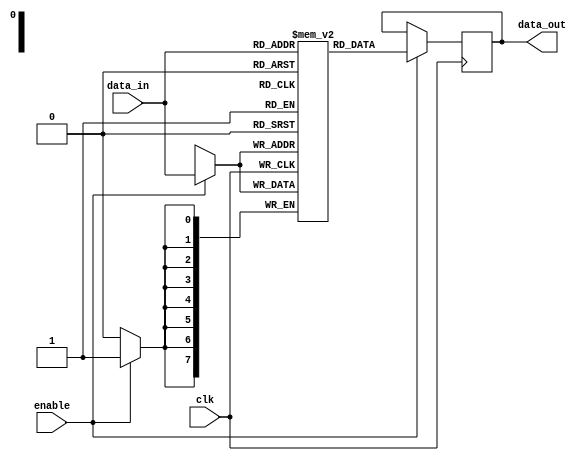
module memory_block (
    input wire clk,          // Clock signal
    input wire enable,       // Enable signal for clock gating
    input wire [7:0] data_in, // Data input
    output wire [7:0] data_out // Data output
);
    reg [7:0] memory [0:255]; // Simple memory array

    always @(posedge clk) begin
        if (enable) begin
            // Memory operation (e.g., write)
            // This is simplified for demonstration purposes.
            memory[data_in[7:0]] <= data_in; // Example write
            data_out <= memory[data_in[7:0]]; // Example read
        end
    end
endmodule